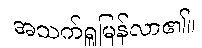
အသက်ရှူမြန်လာ၏။